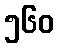
၅၆၀